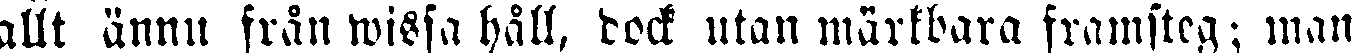
allt ännu från wissa håll, dock utan märkbara framsteg; man